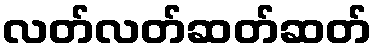
လတ်လတ်ဆတ်ဆတ်